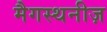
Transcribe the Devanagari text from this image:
मैगस्थनीज़